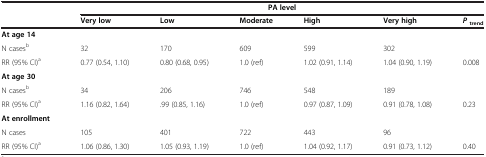
<table><thead><tr><td><b> </b></td><td colspan="6"><b>PA level</b></td></tr><tr><td><b> </b></td><td><b>Very low</b></td><td><b>Low</b></td><td><b>Moderate</b></td><td><b>High</b></td><td><b>Very high</b></td><td><b><i>P </i><sub>trend</sub></b></td></tr></thead><tbody><tr><td><b>At age 14</b></td><td> </td><td> </td><td> </td><td> </td><td> </td><td> </td></tr><tr><td>N cases<sup>b</sup></td><td>32</td><td>170</td><td>609</td><td>599</td><td>302</td><td> </td></tr><tr><td>RR (95% CI)<sup>a</sup></td><td>0.77 (0.54, 1.10)</td><td>0.80 (0.68, 0.95)</td><td>1.0 (ref)</td><td>1.02 (0.91, 1.14)</td><td>1.04 (0.90, 1.19)</td><td>0.008</td></tr><tr><td><b>At age 30</b></td><td> </td><td> </td><td> </td><td> </td><td> </td><td> </td></tr><tr><td>N cases<sup>b</sup></td><td>34</td><td>206</td><td>746</td><td>548</td><td>189</td><td> </td></tr><tr><td>RR (95% CI)<sup>a</sup></td><td>1.16 (0.82, 1.64)</td><td>.99 (0.85, 1.16)</td><td>1.0 (ref)</td><td>0.97 (0.87, 1.09)</td><td>0.91 (0.78, 1.08)</td><td>0.23</td></tr><tr><td><b>At enrollment</b></td><td> </td><td> </td><td> </td><td> </td><td> </td><td> </td></tr><tr><td>N cases</td><td>105</td><td>401</td><td>722</td><td>443</td><td>96</td><td> </td></tr><tr><td>RR (95% CI)<sup>a</sup></td><td>1.06 (0.86, 1.30)</td><td>1.05 (0.93, 1.19)</td><td>1.0 (ref)</td><td>1.04 (0.92, 1.17)</td><td>0.91 (0.73, 1.12)</td><td>0.40</td></tr></tbody></table>